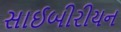
સાઈબીરીયન